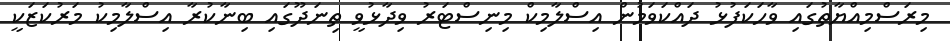
މިރަސްމިއްޔާތުގައި ވާހަކަފުޅު ދައްކަވަމުން އިސްލާމިކް މިނިސްޓަރު ވިދާޅުވީ ތިނަދޫގައި ބިނާކުރާ އިސްލާމިކު މަރުކަޒަކީ